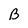
Character: B